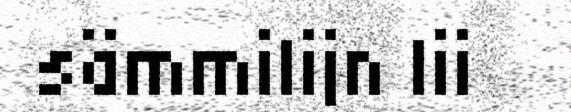
sämmilijn lii